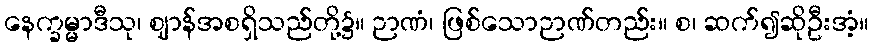
နေက္ခမ္မာဒီသု၊ ဈာန်အစရှိသည်တို့၌။ ဉာဏံ၊ ဖြစ်သောဉာဏ်တည်း။ စ၊ ဆက်၍ဆိုဦးအံ့။